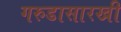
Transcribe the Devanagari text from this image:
गरुडासारखी